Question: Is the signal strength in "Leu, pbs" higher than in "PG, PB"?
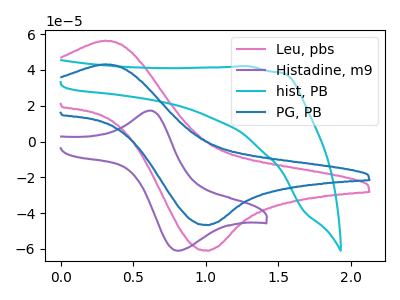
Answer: <think>The pink curve "Leu, pbs" has an anodic peak at (0.30V, 56.35uA) and a cathodic peak at (1.00V, -61.05uA). The purple curve "Histadine, m9" has an anodic peak at (0.60V, 17.30uA) and a cathodic peak at (0.80V, -61.00uA). The cyan curve "hist, PB" has no peaks. The blue curve "PG, PB" has an anodic peak at (0.30V, 43.15uA) and a cathodic peak at (1.00V, -46.75uA).
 All the peaks in "Leu, pbs" have a peak in "PG, PB" at the same potential. Every peak in "Leu, pbs" is higher than every peak in "PG, PB".</think>
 <answer>"Leu, pbs" has more signal than "PG, PB".</answer>
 <eval>more_signal</eval>